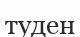
туден